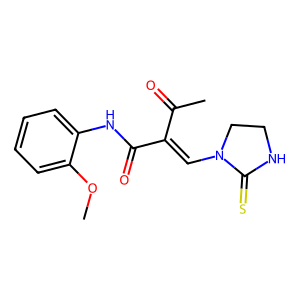
SMILES: COc1ccccc1NC(=O)C(=CN1CCNC1=S)C(C)=O
Inhibits HIV replication: No